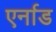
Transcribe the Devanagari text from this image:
एर्नाड